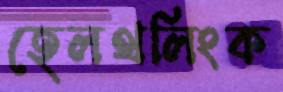
হেলথলিংক